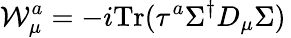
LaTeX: {{\cal W}_{\mu}^{a}}=-i\mathrm{{Tr}}(\tau^{a}\Sigma^{\dagger}D_{\mu}\Sigma)\,